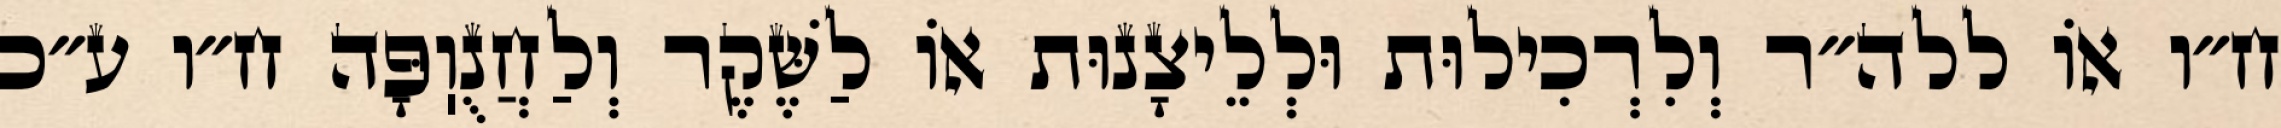
ח״ו אוֹ ללה״ר וְלִרְכִילוּת וּלְלֵיצָנוּת אוֹ לַשֶּׁקֶר וְלַחֲנֻוֽפָּה ח״ו ע״כ